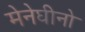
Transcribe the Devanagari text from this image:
मेनेघीनो